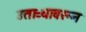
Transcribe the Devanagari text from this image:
उताऱ्यावरून